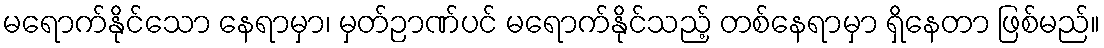
မရောက်နိုင်သော နေရာမှာ၊ မှတ်ဉာဏ်ပင် မရောက်နိုင်သည့် တစ်နေရာမှာ ရှိနေတာ ဖြစ်မည်။